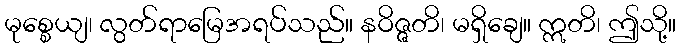
မုစ္စေယျ၊ လွတ်ရာမြေအရပ်သည်။ နဝိဇ္ဇတိ၊ မရှိချေ။ ဣတိ၊ ဤသို့။